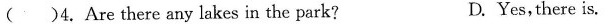
( )4.Are there any lakes in the park? D. Yes,there is.